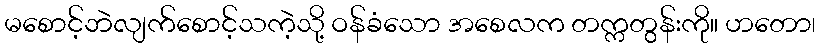
မစောင့်ဘဲလျက်စောင့်သကဲ့သို့ ဝန်ခံသော အစေလက တက္ကတွန်းကို။ ဟတော၊